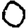
Digit: 0